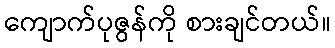
ကျောက်ပုဇွန်ကို စားချင်တယ်။